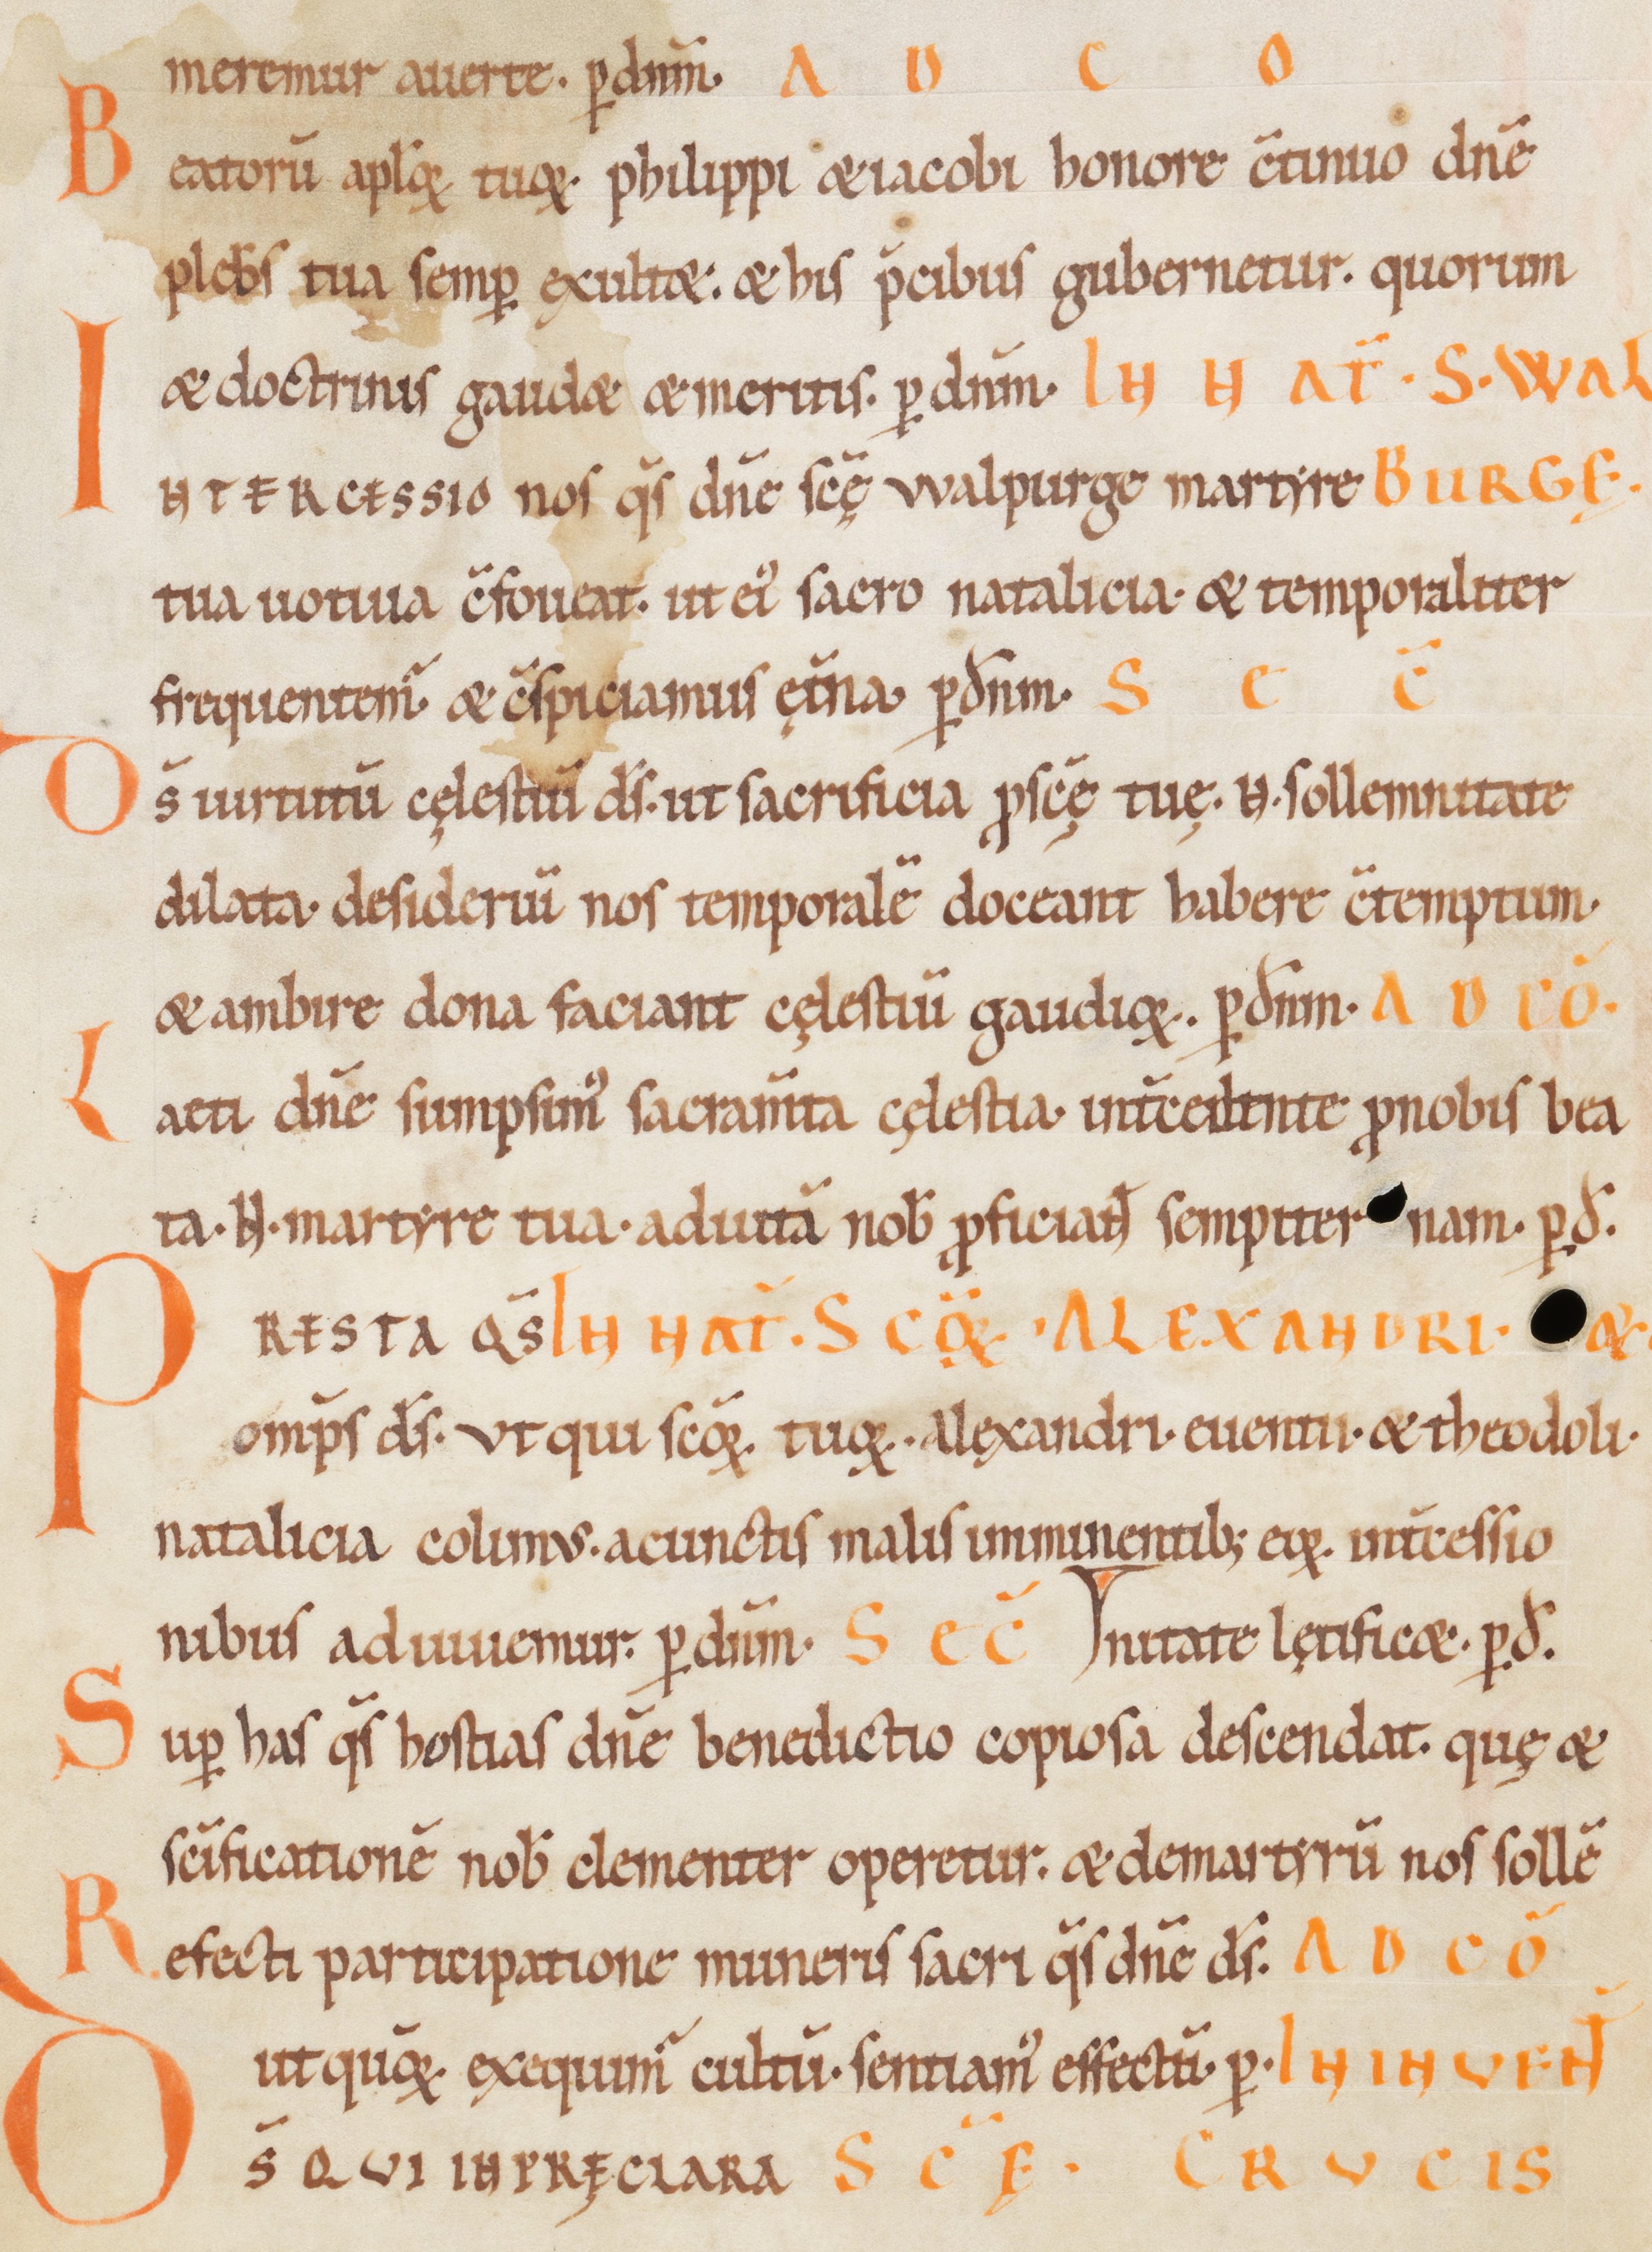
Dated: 1100–1199